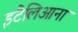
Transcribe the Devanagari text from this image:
इटैलिआना